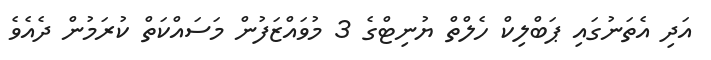
އަދި އެތަނުގައި ޕަބްލިކް ހެލްތް ޔުނިޓްގެ 3 މުވައްޒަފުން މަސައްކަތް ކުރަމުން ދެއެވެ